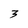
Character: 3